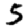
Digit: 5